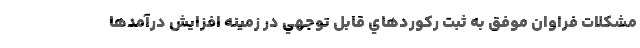
مشكلات فراوان موفق به ثبت ركوردهاي قابل توجهي در زمينه افزايش درآمدها